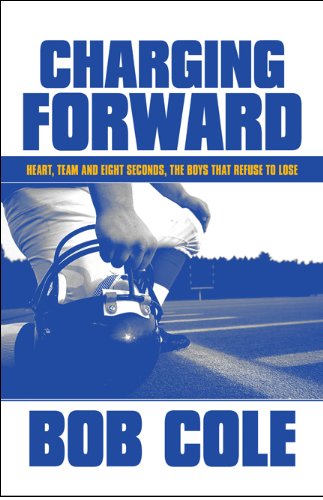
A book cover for Charging Forward: Heart, Team and Eight Seconds, the Boys that Refuse to Lose; Bob Cole; Teen & Young Adult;